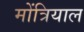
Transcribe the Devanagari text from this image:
मोंत्रियाल